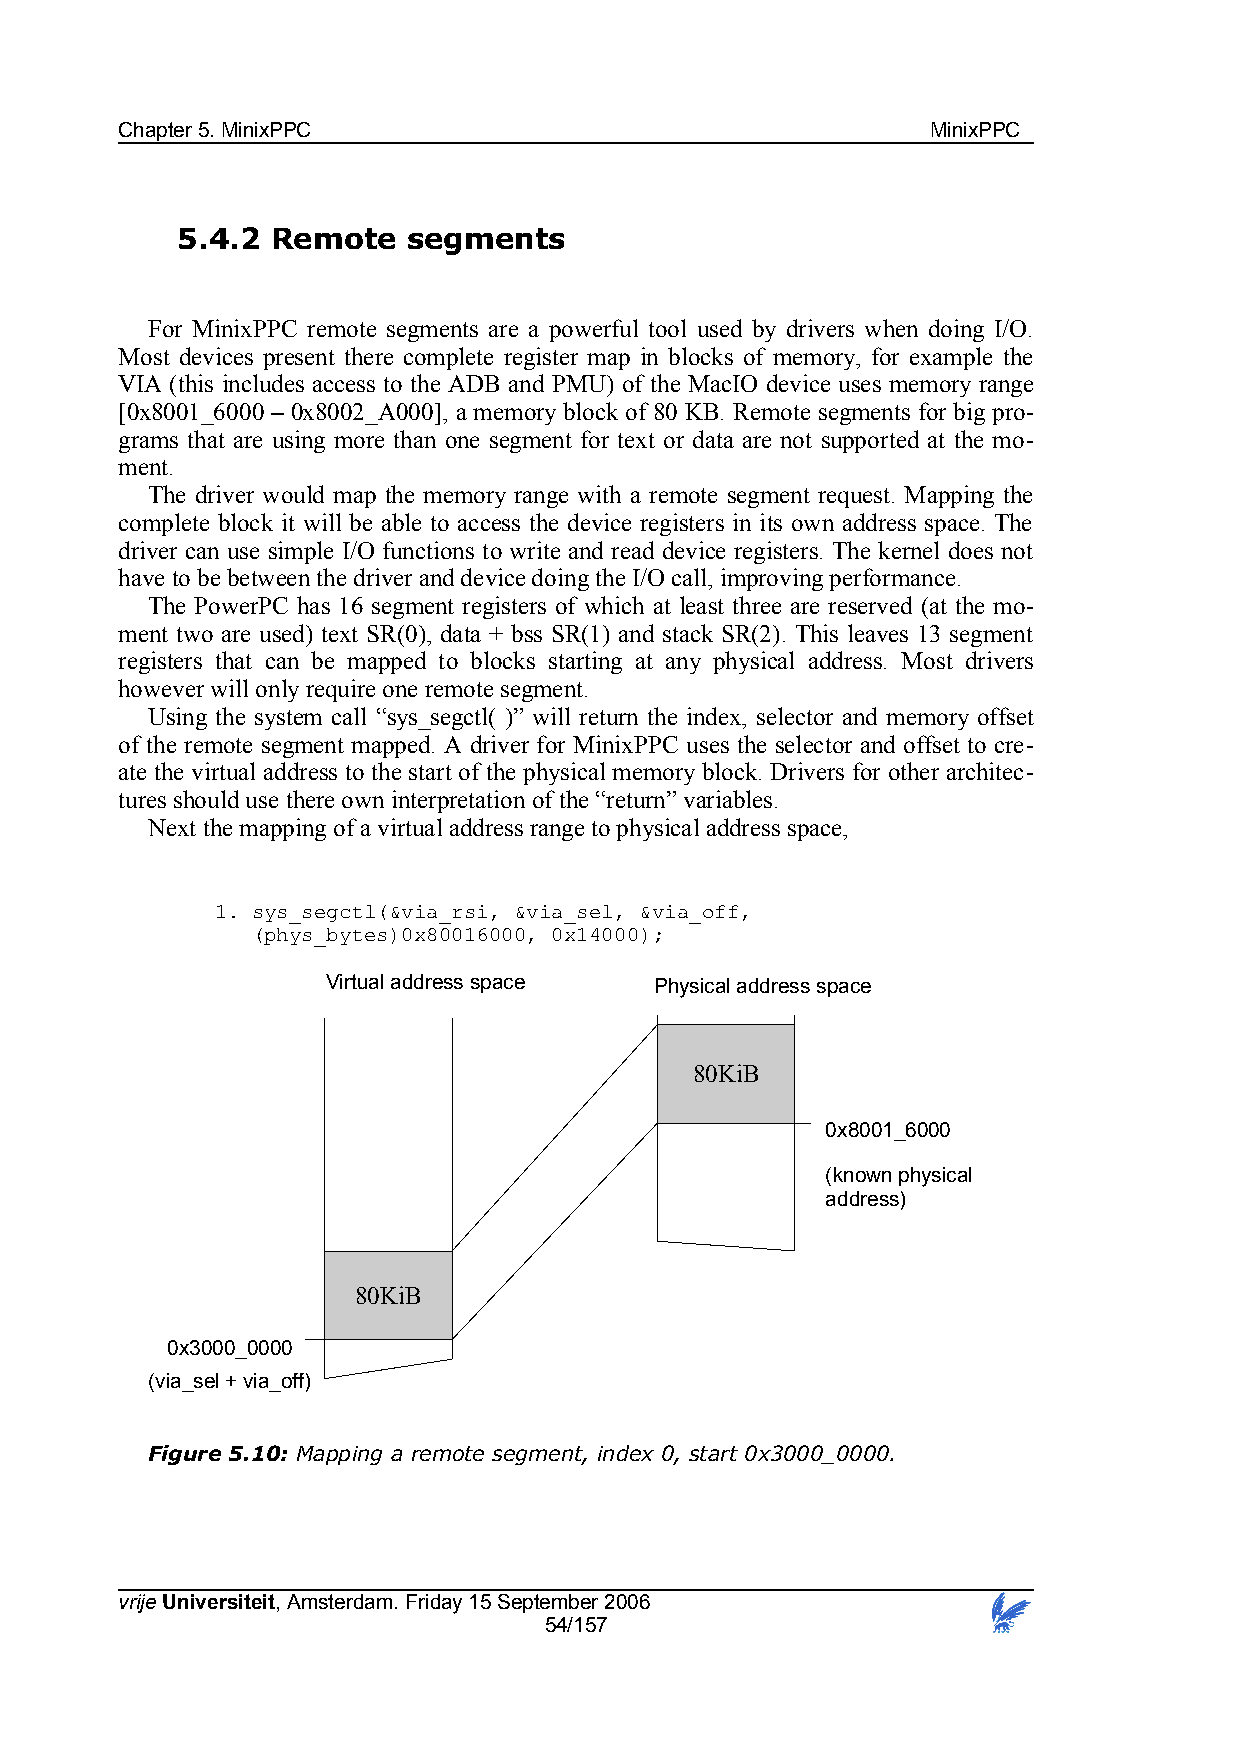
Chapter 5. MinixPPC                                   MinixPPC
 5.4.2 Remote   segments
 For MinixPPC remote segments are a powerful tool used by drivers when doing I/O.
 Most devices present there complete register map in blocks of memory, for example the
 VIA (this includes access to the ADB and PMU) of the MacIO device uses memory range
 [0x8001_6000 – 0x8002_A000], a memory block of 80 KB. Remote segments for big pro-
 grams that are using more than one segment for text or data are not supported at the mo-
 ment.
 The driver would map the memory range with a remote segment request. Mapping the
 complete block it will be able to access the device registers in its own address space. The
 driver can use simple I/O functions to write and read device registers. The kernel does not
 have to be between the driver and device doing the I/O call, improving performance.
 The PowerPC has 16 segment registers of which at least three are reserved (at the mo-
 ment two are used) text SR(0), data + bss SR(1) and stack SR(2). This leaves 13 segment
 registers that can be mapped to blocks starting at any physical address. Most drivers
 however will only require one remote segment.
 Using the system call “sys_segctl( )” will return the index, selector and memory offset
 of the remote segment mapped. A driver for MinixPPC uses the selector and offset to cre-
 ate the virtual address to the start of the physical memory block. Drivers for other architec-
 tures should use there own interpretation of the “return” variables.
 Next the mapping of a virtual address range to physical address space,
 1. sys_segctl(&via_rsi, &via_sel, &via_off,
 (phys_bytes)0x80016000, 0x14000);
 Virtual address space Physical address space
 80KiB
 0x8001_6000
 (known physical
 address)
 80KiB
 0x3000_0000
 (via_sel + via_off)
 Figure 5.10: Mapping a remote segment, index 0, start 0x3000_0000.
 vrije Universiteit, Amsterdam. Friday 15 September 2006
 54/157